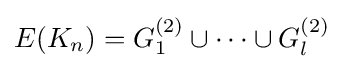
E(K_{n})=G_{1}^{(2)}\cup \dots \cup G_{l}^{(2)}